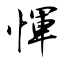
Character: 惲